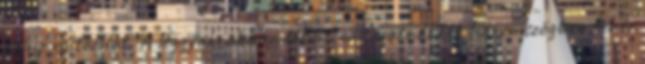
színe változhat. A leggyakrabban látott változatnál kék háromszögben fehér